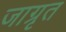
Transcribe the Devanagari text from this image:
जाग्रृत